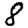
Digit: 8